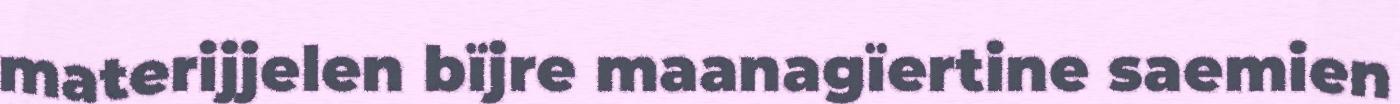
materijjelen bïjre maanagïertine saemien